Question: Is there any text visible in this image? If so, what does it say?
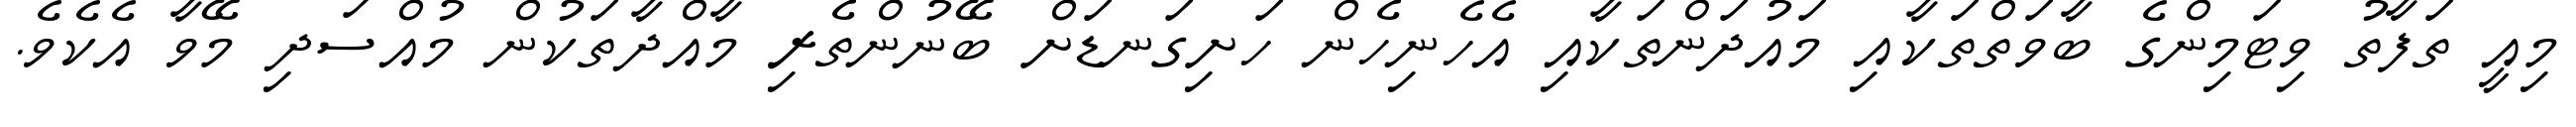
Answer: މިއީ ތަފާތު ވިޓަމިންގެ ބާވަތްތަކާއި މައުދަންތަކާއި އެހެނިހެން ހަށިގަނޑަށް ބޭނުންތެރި މާއްދާތަކުން މުއްސަދި މޭވާ އެކެވެ.